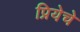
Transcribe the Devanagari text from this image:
प्रियेचे